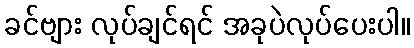
ခင်ဗျား လုပ်ချင်ရင် အခုပဲလုပ်ပေးပါ။